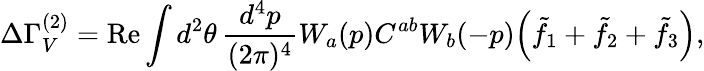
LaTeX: \Delta\Gamma_{V}^{(2)}=\mathrm{Re}\int d^{2}\theta\, \frac{d^{4}p}{(2\pi)^{4}}W_{a}(p)C^{ab}W_{b}(-p)\Big(\tilde{f}_{1}+\tilde{f}_{2}+\tilde{f}_{3}\Big),